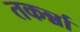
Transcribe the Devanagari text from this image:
तकर्न्ना